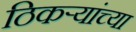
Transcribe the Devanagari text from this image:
ठिकऱ्यांच्या